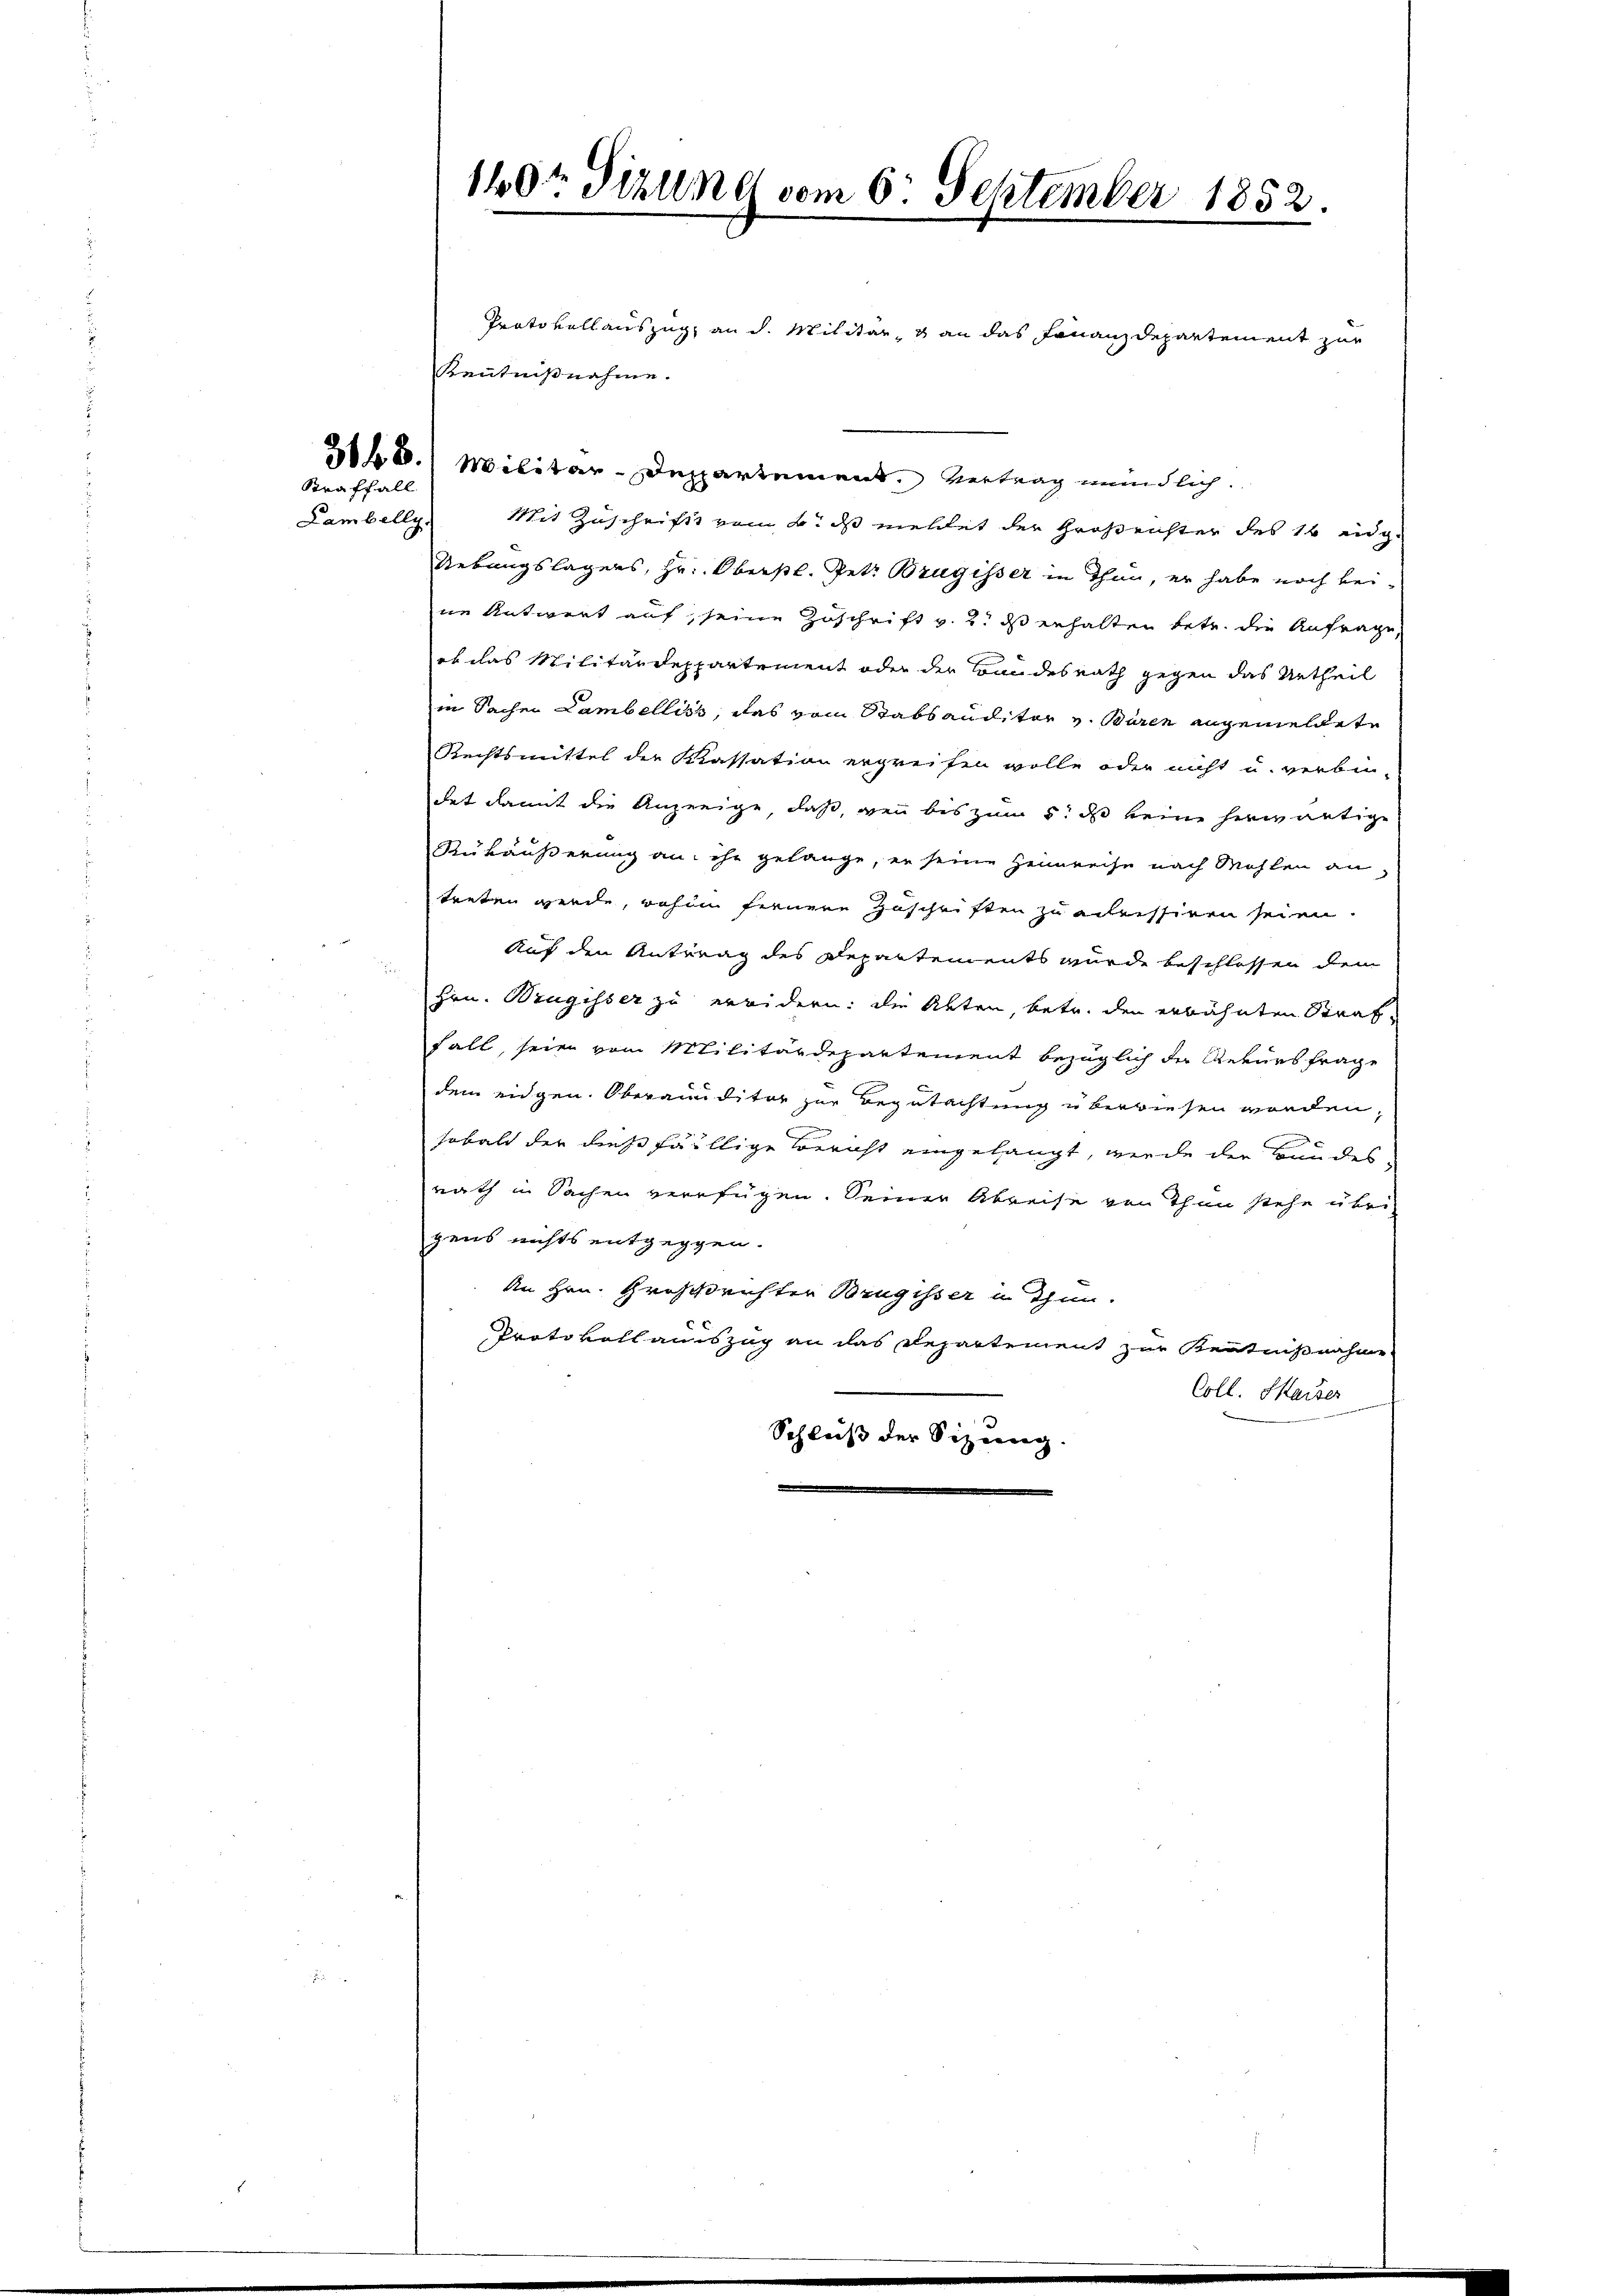
3148.
Straffall

Lambelly.

Pratovallauszug an d. Militär, & an das Finanzdepartement zur
Kenntnißnahme.
Militär-Departement. Vertrag mündlich.
Mit Zuschrift vom 4. ds mehlet der Großrichter des 16 eidg.
Uebungslagers, Hr. Oberstl. Petr. Brugisser in Thun, er habe noch bei
ne Antwort auf, seine Zuschrift v. 2. ds erhalten betr. die Anfrage,
ob das Militärdeppartement oder der Bundesrath gegen das Urtheil
in Sachen Lambelliss, das vom Stabsauditor v. Büren angemeldete
Rechtsmittel der Kassation ergreifen wolle oder nicht u. verbin-
det damit die Anzeige, daß, wenn bis zum 5. ds keine herwärtige
Rükäußerung an ihr gelange, er seine Heimreise nach Mühlen an
treten werde, wohin fernere Zuschriften zu adressiren seien.
Auf den Antrag des Departements wurde beschlossen dem
.
Hrn. Wrugisser zu erwidern: die Akten, betr. den erwähnten Straffall seien vom Militärdepartement bezüglich der Rekursfrage
dem eidgen. Oberanditor zur Begutachtung überwiesen worden,
sobald der diese faillige Bericht eingelangt, werde der Bundes
nath in Sachen verfügen. Seiner Abreise von Thun stehe übrig
gens nichts entgegen.
An Hrn. Großrichter Brugisser u Thun.
Protokollauszug an das Departement zur Kenntnißnahme
Coll. Marser
Schleiß der Sizung.

140t Tizung vom 6. September 1852.